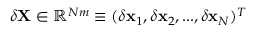
\delta { \mathbf { X } } \in \mathbb { R } ^ { N m } \equiv ( \delta { \mathbf { x } } _ { 1 } , \delta { \mathbf { x } } _ { 2 } , . . . , \delta { \mathbf { x } _ { N } } ) ^ { T }